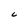
Character: C